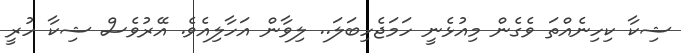
ޝިކާ ކިހިނެއްތަ ވެގެން މިއުޅެނީ ހަމަޖެހިބަލަ.. ލިވާން އަހާލިއެވެ. އޭރުވެސް ޝިކާ ހުރީ